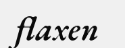
flaxen